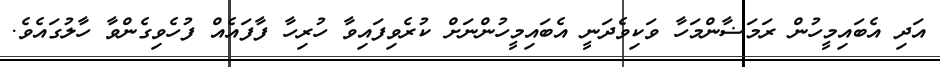
އަދި އެބައިމީހުން ރަމަޟާންމަހާ ވަކިވެދަނީ އެބައިމީހުންނަށް ކުރެވިފައިވާ ހުރިހާ ފާފައެއް ފުހެވިގެންވާ ހާލުގައެވެ.